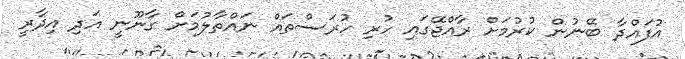
އުފައްދާ ބޭނުން ކުރުމަށް ރާއްޖޭގައި ހުރި ހުރަސްތައް ނައްތާލުމަށް ގާނޫނީ އަދި އިދާރީ